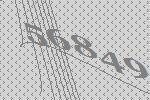
56849